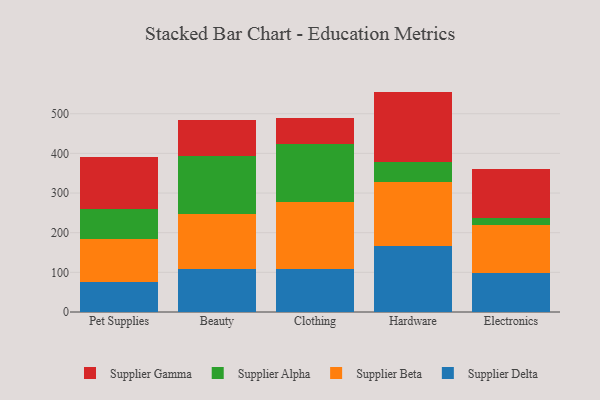
{"axis": {"x": "Category", "y": "Customer Acquisition Cost (USD)"}, "legend": ["Supplier Alpha", "Supplier Beta", "Supplier Delta", "Supplier Gamma"], "data": [{"x": "Pet Supplies", "y": 75.6, "type": "Supplier Delta"}, {"x": "Pet Supplies", "y": 107.5, "type": "Supplier Beta"}, {"x": "Pet Supplies", "y": 77.7, "type": "Supplier Alpha"}, {"x": "Pet Supplies", "y": 130.9, "type": "Supplier Gamma"}, {"x": "Beauty", "y": 109.3, "type": "Supplier Delta"}, {"x": "Beauty", "y": 137.6, "type": "Supplier Beta"}, {"x": "Beauty", "y": 147.1, "type": "Supplier Alpha"}, {"x": "Beauty", "y": 90.2, "type": "Supplier Gamma"}, {"x": "Clothing", "y": 109.1, "type": "Supplier Delta"}, {"x": "Clothing", "y": 168.7, "type": "Supplier Beta"}, {"x": "Clothing", "y": 146.2, "type": "Supplier Alpha"}, {"x": "Clothing", "y": 65.6, "type": "Supplier Gamma"}, {"x": "Hardware", "y": 166.5, "type": "Supplier Delta"}, {"x": "Hardware", "y": 162.0, "type": "Supplier Beta"}, {"x": "Hardware", "y": 50.4, "type": "Supplier Alpha"}, {"x": "Hardware", "y": 176.9, "type": "Supplier Gamma"}, {"x": "Electronics", "y": 99.1, "type": "Supplier Delta"}, {"x": "Electronics", "y": 120.7, "type": "Supplier Beta"}, {"x": "Electronics", "y": 17.6, "type": "Supplier Alpha"}, {"x": "Electronics", "y": 122.3, "type": "Supplier Gamma"}]}